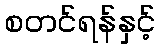
စတင်ရန်နှင့်